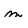
Character: m